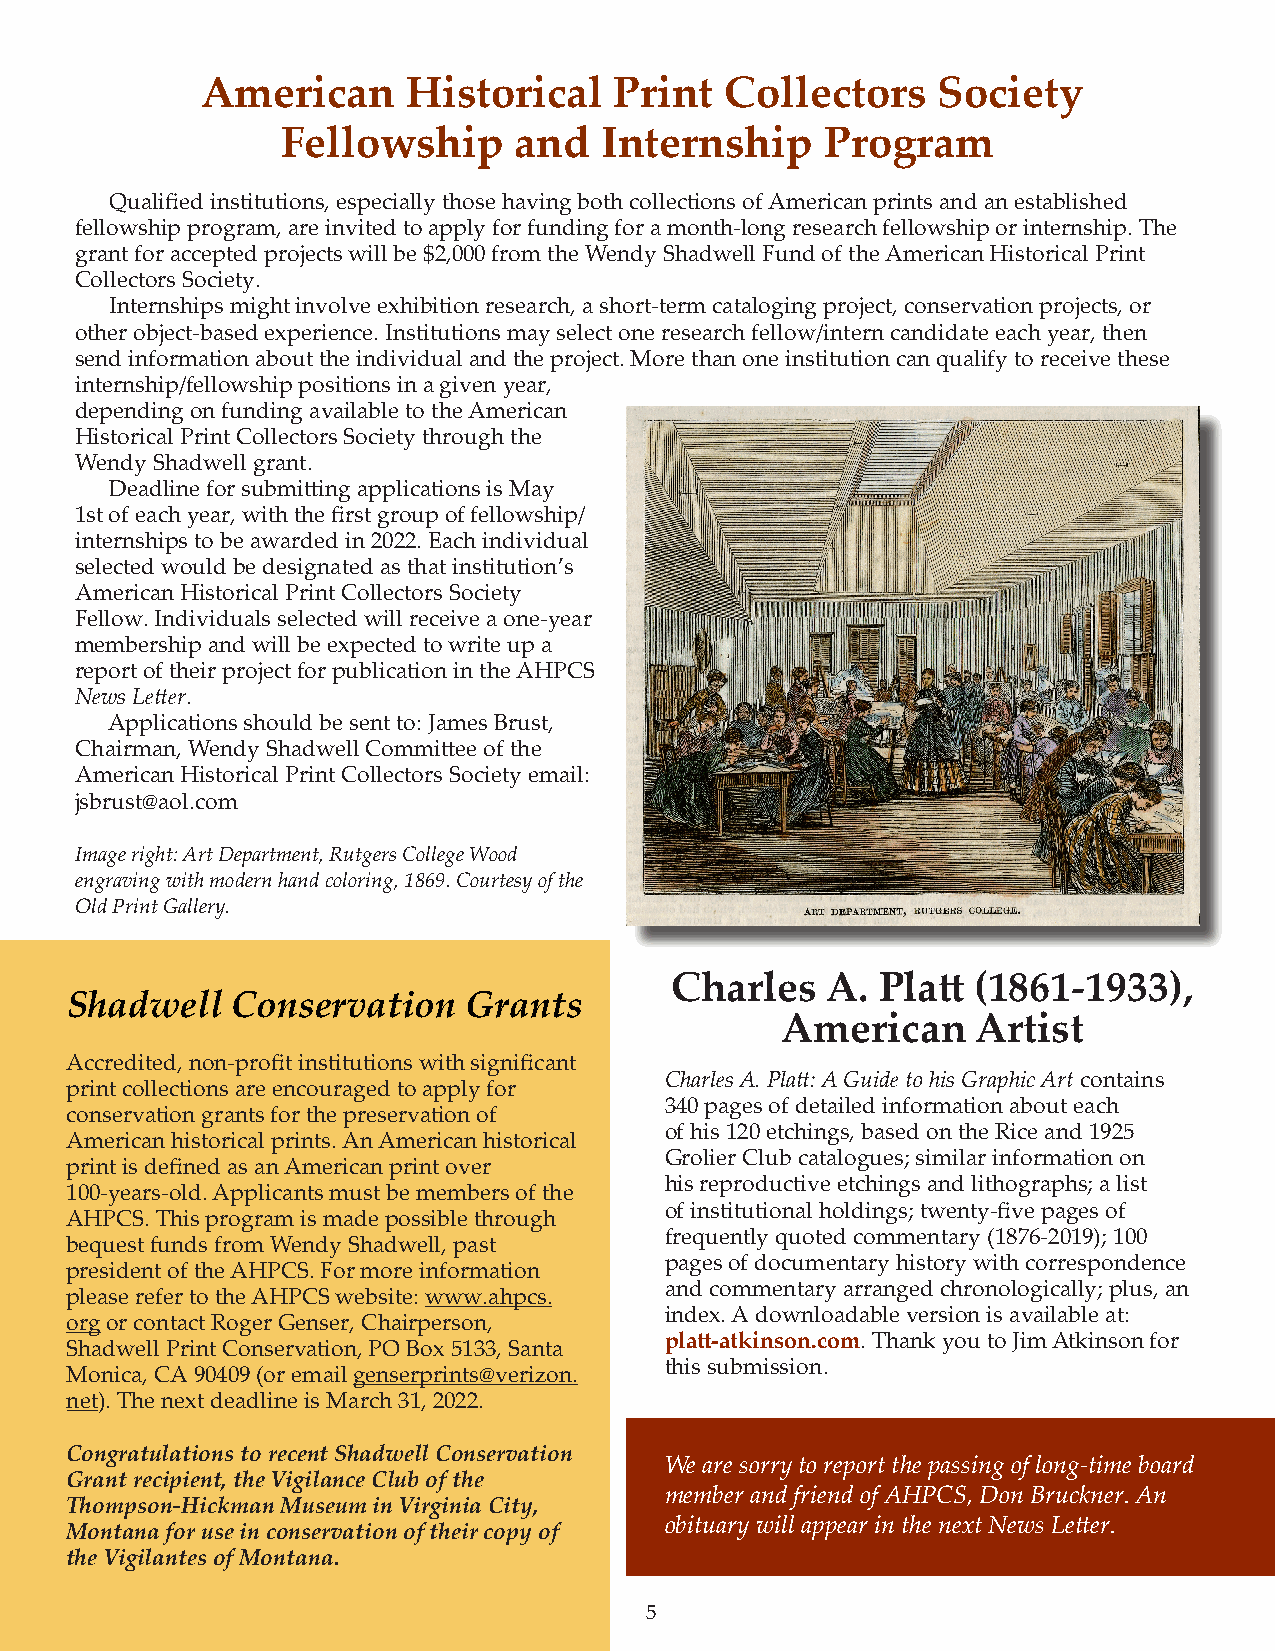
American      Historical    Print  Collectors    Society
 Fellowship     and   Internship     Program
 Qualified institutions, especially those having both collections of American prints and an established
 fellowship program, are invited to apply for funding for a month-long research fellowship or internship. The
 grant for accepted projects will be $2,000 from the Wendy Shadwell Fund of the American Historical Print
 Collectors Society.
 Internships might involve exhibition research, a short-term cataloging project, conservation projects, or
 other object-based experience. Institutions may select one research fellow/intern candidate each year, then
 send information about the individual and the project. More than one institution can qualify to receive these
 internship/fellowship positions in a given year,
 depending on funding available to the American
 Historical Print Collectors Society through the
 Wendy Shadwell grant.
 Deadline for submitting applications is May
 1st of each year, with the first group of fellowship/
 internships to be awarded in 2022. Each individual
 selected would be designated as that institution’s
 American Historical Print Collectors Society
 Fellow. Individuals selected will receive a one-year
 membership and will be expected to write up a
 report of their project for publication in the AHPCS
 News Letter.
 Applications should be sent to: James Brust,
 Chairman, Wendy Shadwell Committee of the
 American Historical Print Collectors Society email:
 jsbrust@aol.com
 Image right: Art Department, Rutgers College Wood
 engraving with modern hand coloring, 1869. Courtesy of the
 Old Print Gallery.
 Charles    A. Platt  (1861-1933),
 Shadwell   Conservation    Grants
 American     Artist
 Accredited, non-profit institutions with significant
 Charles A. Platt: A Guide to his Graphic Art contains
 print collections are encouraged to apply for
 340 pages of detailed information about each
 conservation grants for the preservation of
 of his 120 etchings, based on the Rice and 1925
 American historical prints. An American historical
 Grolier Club catalogues; similar information on
 print is defined as an American print over
 his reproductive etchings and lithographs; a list
 100-years-old. Applicants must be members of the
 of institutional holdings; twenty-five pages of
 AHPCS. This program is made possible through
 frequently quoted commentary (1876-2019); 100
 bequest funds from Wendy Shadwell, past
 pages of documentary history with correspondence
 president of the AHPCS. For more information
 and commentary arranged chronologically; plus, an
 please refer to the AHPCS website: www.ahpcs.
 index. A downloadable version is available at:
 org or contact Roger Genser, Chairperson,
 platt-atkinson.com. Thank you to Jim Atkinson for
 Shadwell Print Conservation, PO Box 5133, Santa
 this submission.
 Monica, CA 90409 (or email genserprints@verizon.
 net). The next deadline is March 31, 2022.
 Congratulations to recent Shadwell Conservation
 We are sorry to report the passing of long-time board
 Grant recipient, the Vigilance Club of the
 member and friend of AHPCS, Don Bruckner. An
 Thompson-Hickman Museum in Virginia City,
 obituary will appear in the next News Letter.
 Montana for use in conservation of their copy of
 the Vigilantes of Montana.
 5